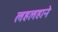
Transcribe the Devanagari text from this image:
लहलहाने